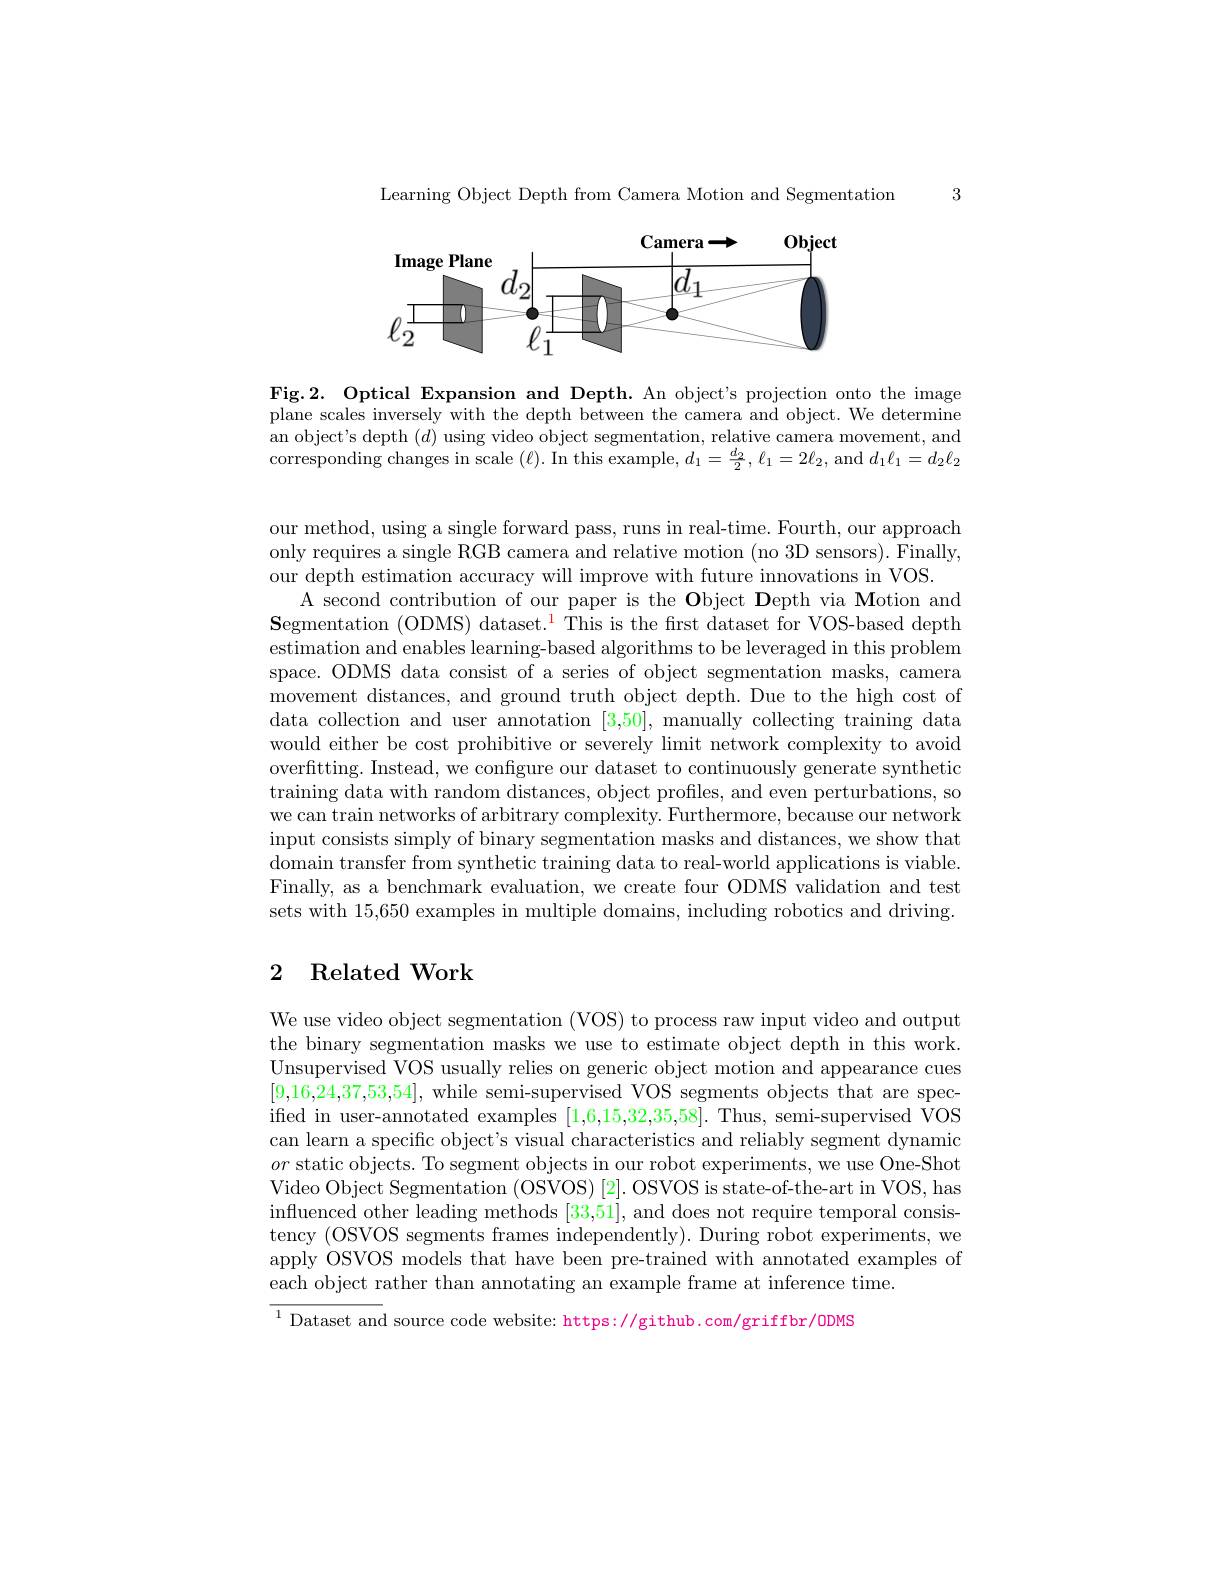
3

Learning Object Depth from Camera Motion and Segmentation

<FigureHere>

Fig.2. Optical Expansion and Depth. An object's projection onto the image plane scales inversely with the depth between the camera and object. We determine an object's depth $(d)$ using video object segmentation, relative camera movement, and corresponding changes in scale $(\ell).$ In this example, $d_1=\frac{d_2}2,\ell_1=2\ell_2$, and $d_1\ell_1=d_2\ell_2$

our method, using a single forward pass, runs in real-time. Fourth, our approach only requires a single RGB camera and relative motion (no 3D sensors). Finally our depth estimation accuracy will improve with future innovations in VOS.
A second contribution of our paper is the Object Depth via Motion and $\textbf{Segmentation (ODMS) dataset.}^{\color{red}{1}}$This is the frst dataset for VOS-based depth estimation and enables learning-based algorithms to be leveraged in this problem space. ODMS data consist of a series of object segmentation masks, camera movement distances, and ground truth object depth. Due to the high cost of data collection and user annotation [3,50], manually collecting training data would either be cost prohibitive or severely limit network complexity to avoid overfitting. Instead, we configure our dataset to continuously generate synthetic training data with random distances, object profiles, and even perturbations, so we can train networks of arbitrary complexity. Furthermore, because our network input consists simply of binary segmentation masks and distances, we show that domain transfer from synthetic training data to real-world applications is viable Finally, as a benchmark evaluation, we create four ODMS validation and test sets with 15,650 examples in multiple domains, including robotics and driving.

## 2 Related Work

We use video object segmentation (VOS) to process raw input video and output the binary segmentation masks we use to estimate object depth in this work. Unsupervised VOS usually relies on generic object motion and appearance cues [9,16,24,37,53,54], while semi-supervised VOS segments objects that are speciffed in user-annotated examples [1,6,15,32,35,58]. Thus, semi-supervised VOS can learn a specific object's visual characteristics and reliably segment dynamic $or$ static objects. To segment objects in our robot experiments, we use One-Shot Video Object Segmentation (OSVOS) [2]. OSVOS is state-of-the-art in VOS, has influenced other leading methods [33,51], and does not require temporal consistency (OSVOS segments frames independently). During robot experiments, we apply OSVOS models that have been pre-trained with annotated examples of each object rather than annotating an example frame at inference time

$\overline{^{1}\text{Dataset and source code website: https://github.com/griffbr/ODMS}}$